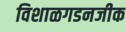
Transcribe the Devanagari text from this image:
विशाळगडनजीक